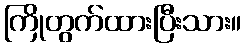
ကြိုတွက်ထားပြီးသား။